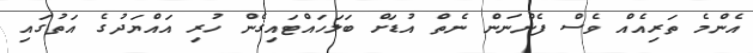
އެންމެ ތަރިއެއް ވެސް ފެންނަން ނެތް އުޑަށް ބަލަހައްޓައިގެން ހުރި އައްޔަދުގެ އަތުގައި